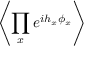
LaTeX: \left\langle \prod _ { x } e ^ { i h _ { x } \phi _ { x } } \right\rangle